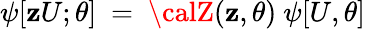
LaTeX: \psi[\mathbf{z}U;\theta]~=~{\calZ}(\mathbf{z},\theta)~\psi[U,\theta]